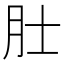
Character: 𬚯